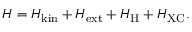
H = H _ { \mathrm { k i n } } + H _ { \mathrm { e x t } } + H _ { \mathrm { H } } + H _ { \mathrm { X C } } .